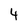
Character: 4